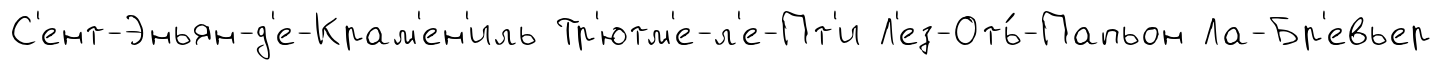
С'ент-Эньян-д'е-Крам'ен'иль Тр'ютм'е-л'е-Пт'и Л'ез-Оть́-Папьон Ла-Бр'евьер